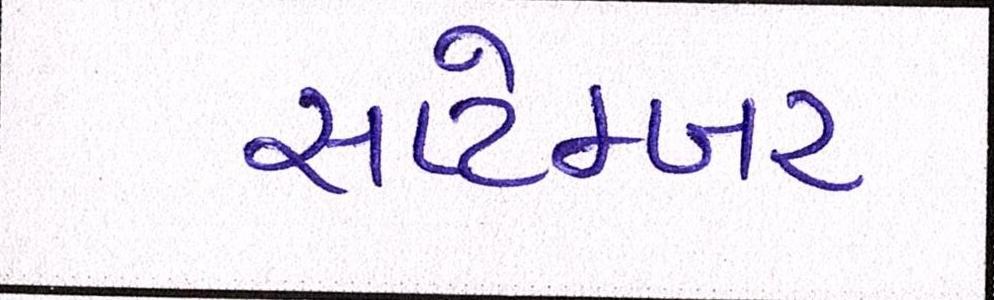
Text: સપ્ટેમ્બર